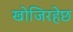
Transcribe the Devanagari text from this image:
खोजिरहेछ